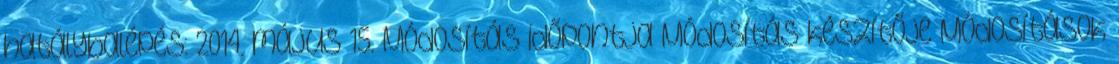
hatálybalépés: 2014. május 15. Módosítás időpontja Módosítás készítője Módosítások